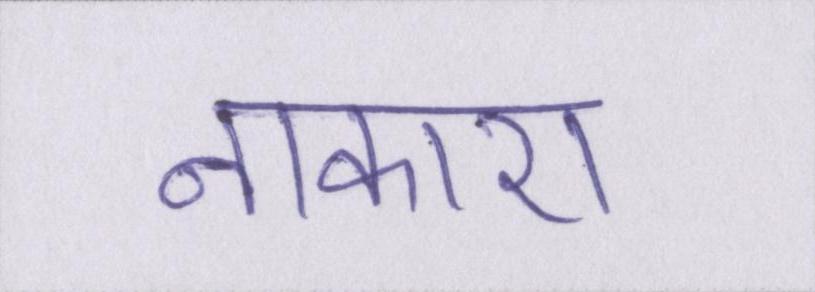
नाकारा